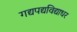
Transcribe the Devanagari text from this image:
गद्यपद्यविद्याधर